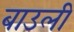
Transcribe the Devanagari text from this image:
बाउली